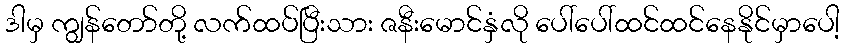
ဒါမှ ကျွန်တော်တို့ လက်ထပ်ပြီးသား ဇနီးမောင်နှံလို ပေါ်ပေါ်ထင်ထင်နေနိုင်မှာပေါ့